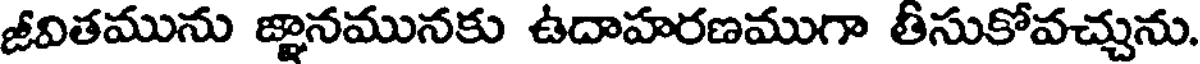
జీవితమును జ్ఞానమునకు ఉదాహరణముగా తీసుకోవచ్చును.